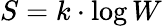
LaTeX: S=k\cdot\log W